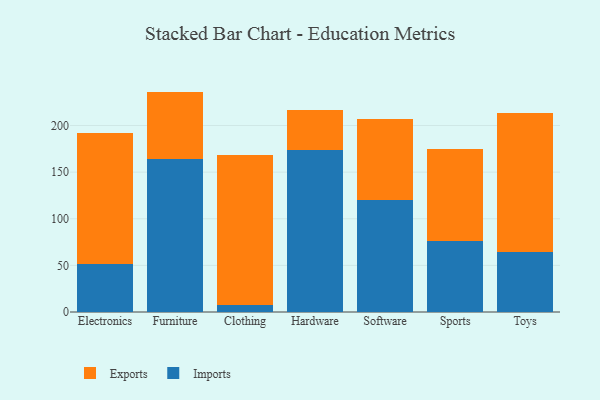
{"axis": {"x": "Category", "y": "LTV (USD)"}, "legend": ["Exports", "Imports"], "data": [{"x": "Electronics", "y": 51.3, "type": "Imports"}, {"x": "Electronics", "y": 141.2, "type": "Exports"}, {"x": "Furniture", "y": 163.6, "type": "Imports"}, {"x": "Furniture", "y": 72.8, "type": "Exports"}, {"x": "Clothing", "y": 7.5, "type": "Imports"}, {"x": "Clothing", "y": 161.0, "type": "Exports"}, {"x": "Hardware", "y": 174.3, "type": "Imports"}, {"x": "Hardware", "y": 42.9, "type": "Exports"}, {"x": "Software", "y": 119.7, "type": "Imports"}, {"x": "Software", "y": 87.3, "type": "Exports"}, {"x": "Sports", "y": 76.0, "type": "Imports"}, {"x": "Sports", "y": 98.8, "type": "Exports"}, {"x": "Toys", "y": 64.8, "type": "Imports"}, {"x": "Toys", "y": 148.3, "type": "Exports"}]}